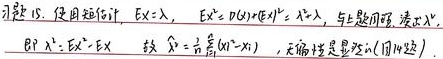
习题15. 使用矩估计。$E X = \lambda$，$E X^{2} = D(X) + E^{2}X = \lambda^{2} + \lambda$，与上题同理，需求$\lambda^{2}$。
即$\lambda^{2} = E X^{2} - E X$。故$\hat{\lambda} = \frac{1}{n}\sum_{i = 1}^{n}(X_{i}^{2} - X_{i})$，无偏估计量是改$n$为$(n - 1)$。